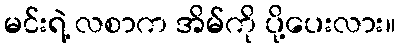
မင်းရဲ့ လစာက အိမ်ကို ပို့ပေးလား။